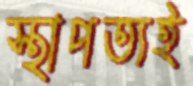
স্থাপত্যই